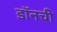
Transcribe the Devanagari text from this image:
डॉनची